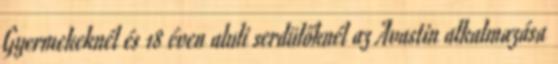
Gyermekeknél és 18 éven aluli serdülőknél az Avastin alkalmazása